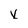
Character: X